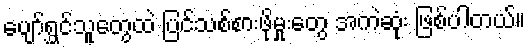
ပျော်ရွှင်သူတွေထဲ ပြင်သစ်စားဖိုမှုးတွေ အကဲဆုံး ဖြစ်ပါတယ်။